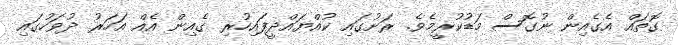
ގޮޮތައް އެގެއިން ނުގޮޮސް މަޑުކުރީމެވެ. ރަށުގައި ކުއްޔައްދީފައިހުރި ގެއިން އެއް އަހަރު ދުވަހުގައި